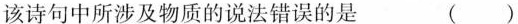
该诗句中所涉及物质的说法错误的是 ( )